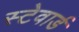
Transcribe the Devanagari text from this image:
स्टेवार्ड